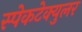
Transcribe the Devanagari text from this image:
स्पेकटेक्युलर